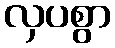
လှပစွာ